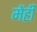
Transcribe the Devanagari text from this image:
मेंही